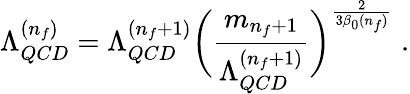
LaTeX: \Lambda_{QCD}^{(n_{f})}=\Lambda_{QCD}^{(n_{f}+1)}\biggl(\frac{m_{n_{f}+1}}{\Lambda_{QCD}^{(n_{f}+1)}}\biggr)^{\frac{2}{3\beta_{0}(n_{f})}}\; .